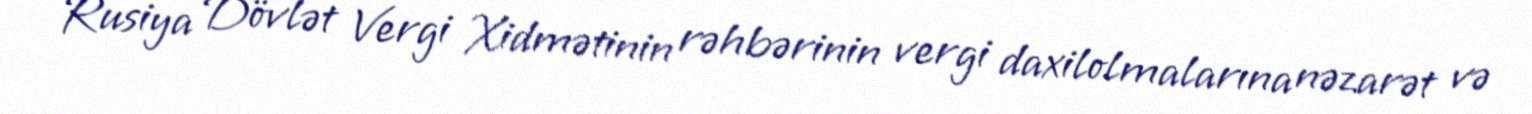
Rusiya Dövlət Vergi Xidmətinin rəhbərinin vergi daxilolmalarına nəzarət və